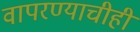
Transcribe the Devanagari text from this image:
वापरण्याचीही